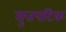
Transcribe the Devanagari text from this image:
सुत्तपटिक